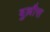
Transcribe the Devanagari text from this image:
बुल्लौस